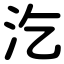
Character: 汔